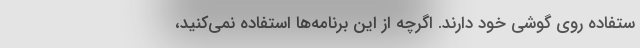
ستفاده روی گوشی خود دارند. اگرچه از این برنامه‌ها استفاده نمی‌کنید،